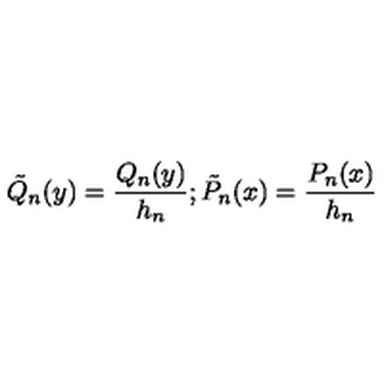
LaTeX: \tilde { Q } _ { n } ( y ) = \frac { Q _ { n } ( y ) } { h _ { n } } ; \tilde { P } _ { n } ( x ) = \frac { P _ { n } ( x ) } { h _ { n } }